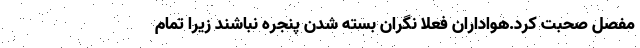
مفصل صحبت کرد.هواداران فعلا نگران بسته شدن پنجره نباشند زیرا تمام